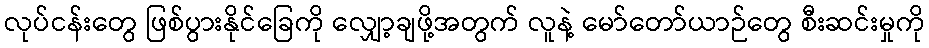
လုပ်ငန်းတွေ ဖြစ်ပွားနိုင်ခြေကို လျှော့ချဖို့အတွက် လူနဲ့ မော်တော်ယာဉ်တွေ စီးဆင်းမှုကို